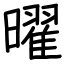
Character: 曜